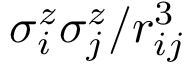
\sigma _ { i } ^ { z } \sigma _ { j } ^ { z } / r _ { i j } ^ { 3 }